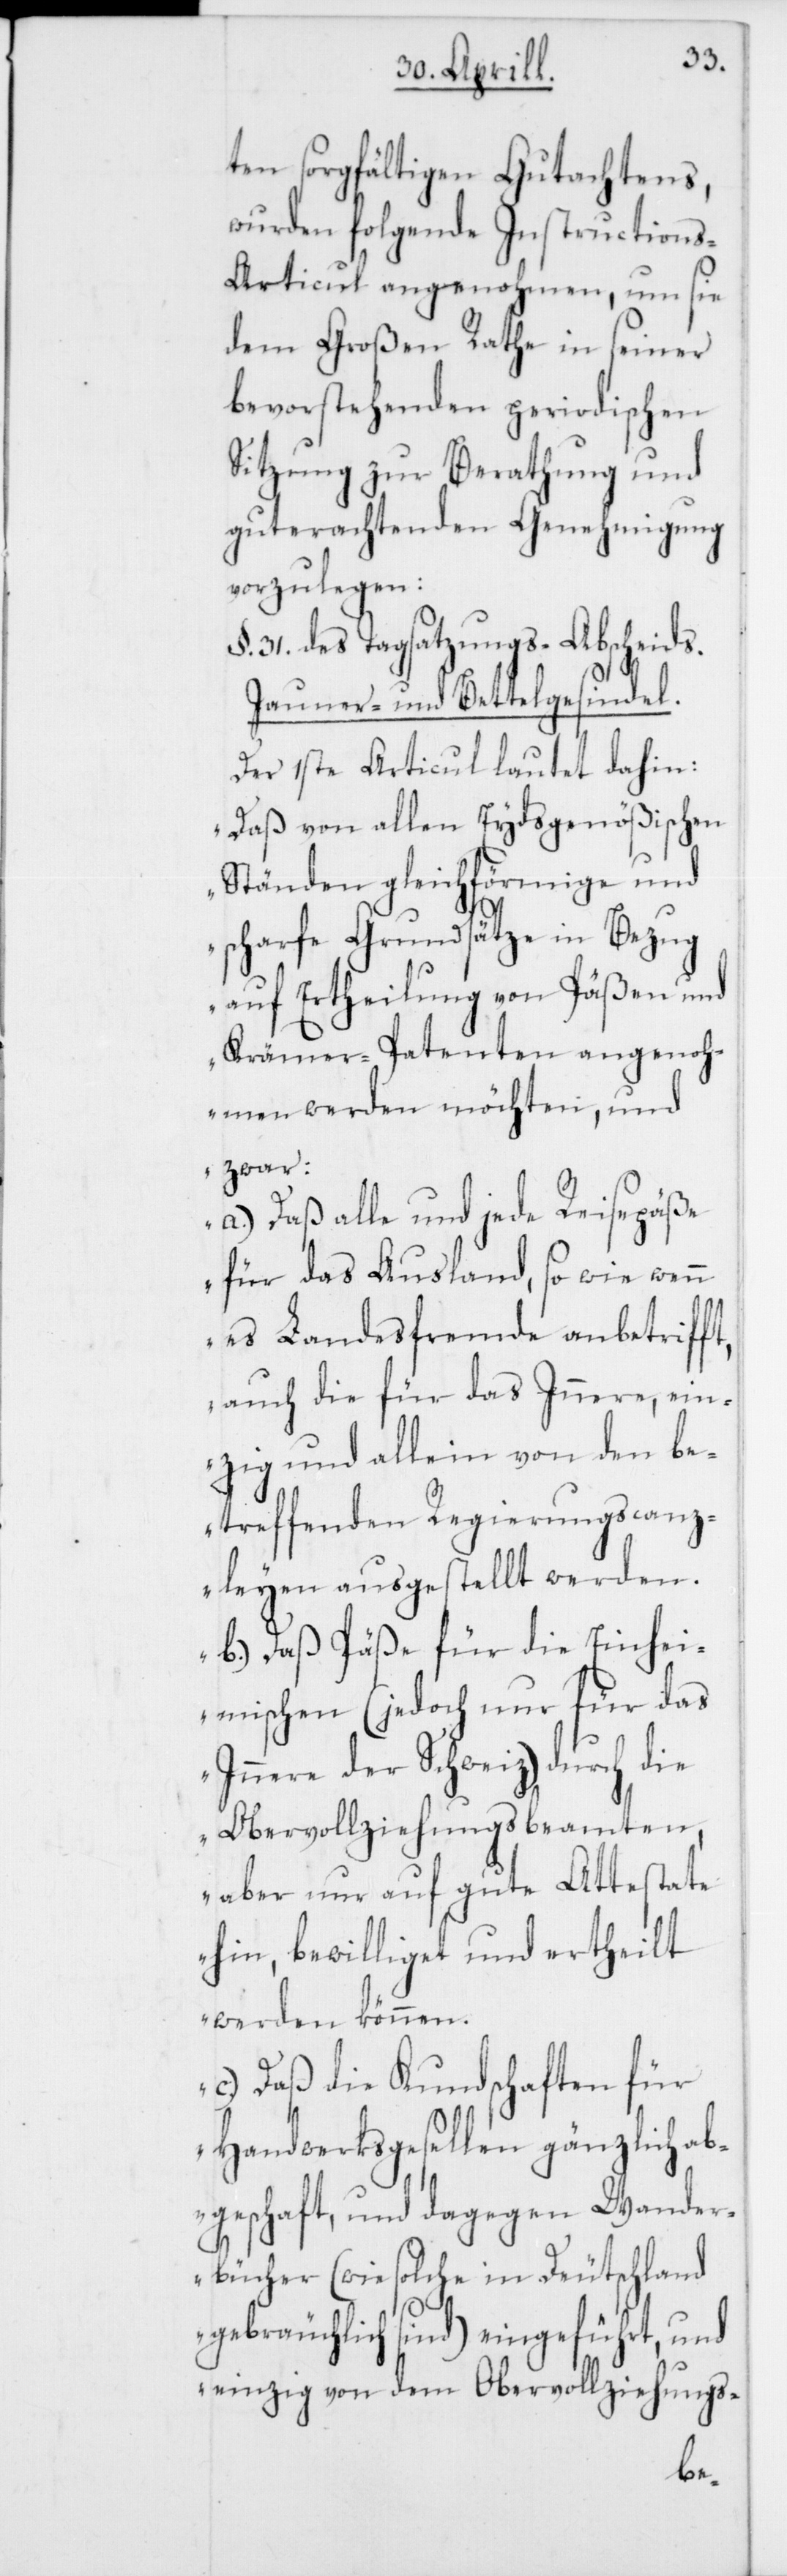
ten sorgfältigen Gutachtens,
wurden folgende Instruction¬
s-Articul angenohmen, um sie
dem Großen Rathe in seiner
bevorstehenden periodischen
Sitzung zur Berathung und
guterachtenden Genehmigung
vorzulegen:
§. 31. des Tagsatzungs-Abscheids.
Jauner- und Bettelgesindel.
Der 1ste Articul lautet dahin:
„Daß von allen Eydsgenößischen
Ständen gleichförmige und
scharfe Grundsätze in Bezug
auf Ertheilung von Päßen und
Krämer-Patenten angenoh¬
men werden möchten, und
zwar:
a.) Daß alle und jede Reisepäße
für das Ausland, so wie wenn
es Landesfremde anbetriff¬
auch die für das Innere, ein¬
zig und allein von den be¬
treffenden Regierungscanz¬
leyen ausgestellt werden.
b.) Daß Päße für die Einhei¬
mischen (jedoch nur für das
Innere der Schweiz) durch die
Obervollziehungsbeamten,
aber nur auf gute Attestate
hin, bewilliget und ertheilt
werden können.
c.) Daß die Kundschaften für
Handwerksgesellen gänzlich ab¬
geschafft, und dagegen Wander¬
bücher (wie solche in Deutschland
t,
gebräuchlich sind) eingeführt, und
einzig von dem Obervollziehungs-